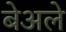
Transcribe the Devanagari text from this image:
बेअले